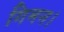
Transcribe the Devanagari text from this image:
गिमन।